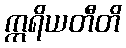
ဣရိယတီတိ